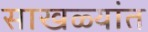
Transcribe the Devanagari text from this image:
साखळ्यांत